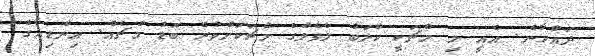
ދައްކާނެ. އެއީ މި މެޗަކީ ކްލަބު ލެވެލްގެ މެޗަކަށްވުރެ ބޮޑު މެޗެއް. އިންޑިއާގެ